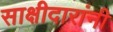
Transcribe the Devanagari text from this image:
साक्षीदारांनी